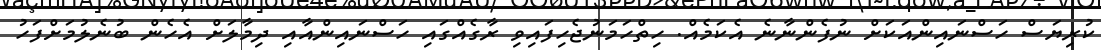
ކުރިޔަސް ހަސްނައިންއަކަށް ނުފެންނާނެ އެކަމެއް. ހިތްހަމަނުޖެހިފައިވި ރާގެއްގައި ހަސްނައިންއާއި ދިމާލަށް އެހެން ބުނެލުމަށްފަހު